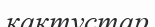
кактустар